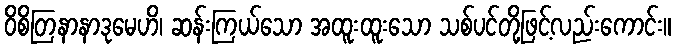
ဝိစိတြနာနာဒုမေဟိ၊ ဆန်းကြယ်သော အထူးထူးသော သစ်ပင်တို့ဖြင့်လည်းကောင်း။